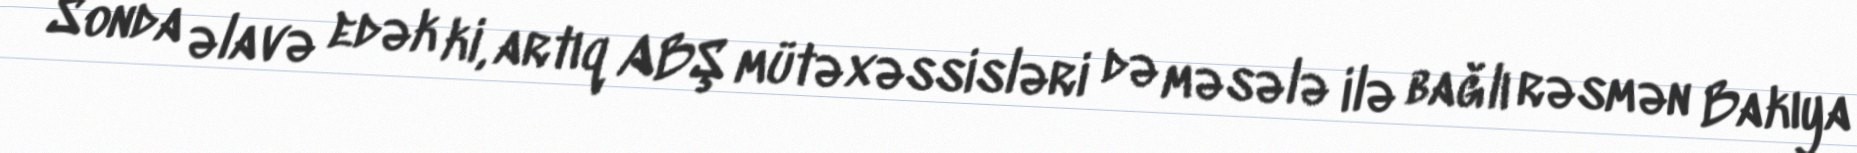
Sonda əlavə edək ki, artıq ABŞ mütəxəssisləri də məsələ ilə bağlı rəsmən Bakıya